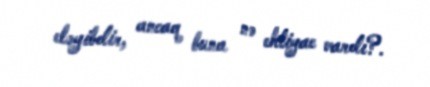
eləyibdir, ancaq buna nə ehtiyac vardı?.